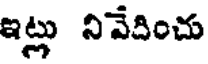
ఇట్లు నివేదించు